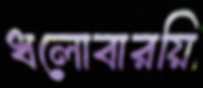
ধলোবারয়ি